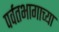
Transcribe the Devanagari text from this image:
पर्वतभागाच्या